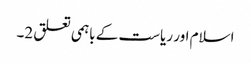
اسلام اور ریاست کے باہمی تعلق 2۔